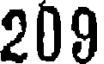
209